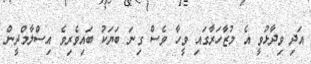
އަދި ވިދާޅުވީ އެ މުޒާހަރާގައި ވީހާ ވެސް ގިނަ ބަޔަކު ބައިވެރިވެ އިސްލާމްދީން